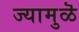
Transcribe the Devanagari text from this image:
ज्यामुळॆ